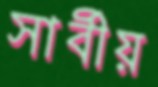
সার্বীয়